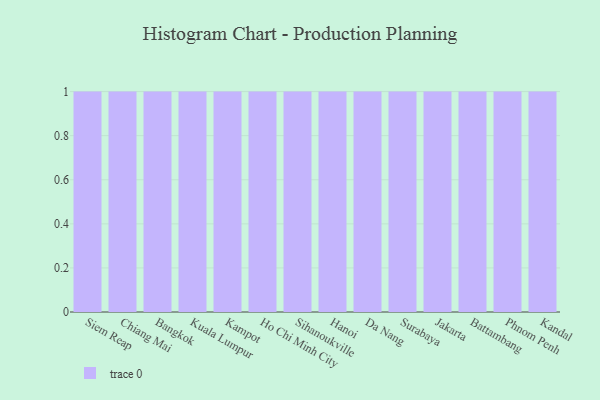
{"axis": {"x": "City", "y": "Temperature (°C)"}, "legend": [""], "data": [{"x": "Siem Reap", "y": 42, "type": ""}, {"x": "Chiang Mai", "y": 32, "type": ""}, {"x": "Bangkok", "y": 11, "type": ""}, {"x": "Kuala Lumpur", "y": 75, "type": ""}, {"x": "Kampot", "y": 43, "type": ""}, {"x": "Ho Chi Minh City", "y": 46, "type": ""}, {"x": "Sihanoukville", "y": 4, "type": ""}, {"x": "Hanoi", "y": 23, "type": ""}, {"x": "Da Nang", "y": 1, "type": ""}, {"x": "Surabaya", "y": 88, "type": ""}, {"x": "Jakarta", "y": 97, "type": ""}, {"x": "Battambang", "y": 66, "type": ""}, {"x": "Phnom Penh", "y": 56, "type": ""}, {"x": "Kandal", "y": 94, "type": ""}]}